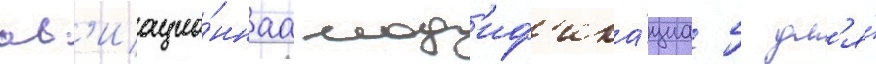
ав'иацио́ннаа мод'иф'ика́циа 5 дл'я́